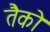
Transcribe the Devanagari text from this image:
तैको